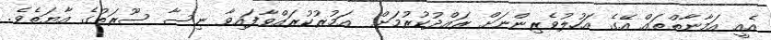
އެއީ އަމާނާތްތައް އޭގެ އަހުލުވެރިންނަށް ރައްދުކުރުމަށް  އަމުރުކުރައްވާފައިވާ ނިސާ ސޫރަތުގެ އާޔަތެވެ.